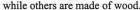
while others are made of wood.